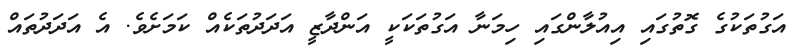
އަގުތަކުގެ ގޮތުގައި އިއުލާންގައި ހިމަނާ އަގުތަކަކީ އަންދާޒީ އަދަދުތަކެއް ކަމަށެވެ. އެ އަދަދުތައް